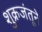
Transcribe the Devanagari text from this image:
शुक्रजंतूने